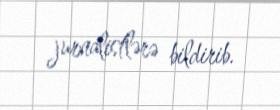
jurnalistlərə bildirib.